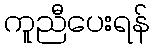
ကူညီပေးရန်